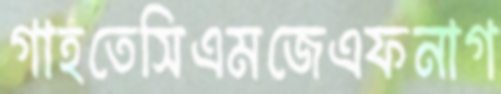
গাহতেসিএমজেএফনাগ